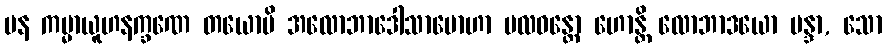
ပန ကမ္မာယူဟနက္ခဏေ တယောပိ အလောဘာဒေါသာမောဟာ ဗလဝန္တော ဟောန္တိ လောဘာဒယော မန္ဒာ, သော